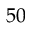
5 0